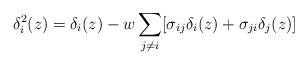
LaTeX: \begin{align*}\delta_i^2(z)= \delta_i(z) - w \sum_{j\not=i} [\sigma_{ij} \delta_i(z) +\sigma_{ji} \delta_j(z)]\end{align*}